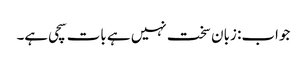
جواب: زبان سخت نہیں ہے بات سچی ہے۔